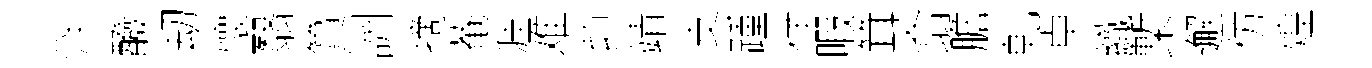
泮醱刧懷翳篔詶摘菴涯难茆靖支踵佯暇䇯翕膽乹卓織槧邂仿煌